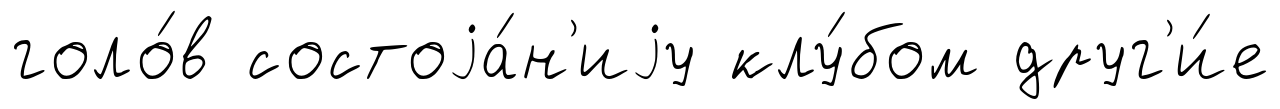
голо́в состоjа́н'иjу клу́бом друг'и́е